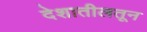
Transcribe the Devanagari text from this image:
देशातीलतून